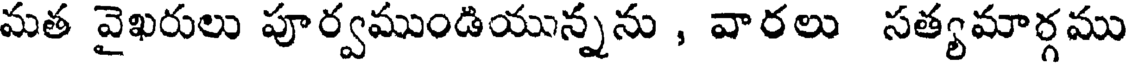
మత వైఖరులు పూర్వముండియున్నను , వారలు సత్యమార్గము